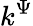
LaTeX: k^{\Psi}